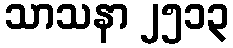
သာသနာ ၂၅၁၃